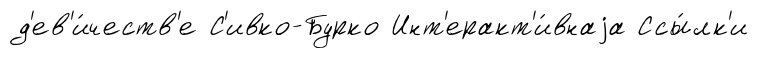
д'ев'и́честв'е С'ивко-Бурко Инт'еракт'и́внаjа Ссы́лк'и